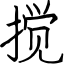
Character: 搅